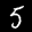
Label: 5